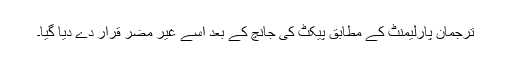
ترجمان پارلیمنٹ کے مطابق پیکٹ کی جانچ کے بعد اسے غیر مضر قرار دے دیا گیا۔